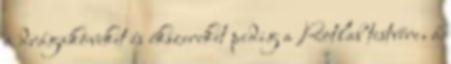
a drágaköveket és ékszereket pedig a Rotlab testvére, a